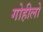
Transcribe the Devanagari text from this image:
गोहीलो